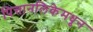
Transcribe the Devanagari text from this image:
पित्तानलिकेमधून